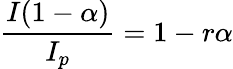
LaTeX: \frac{I(1-\alpha)}{I_{p}}=1-r\alpha